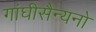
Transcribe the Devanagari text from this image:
गांघीसैन्यनो